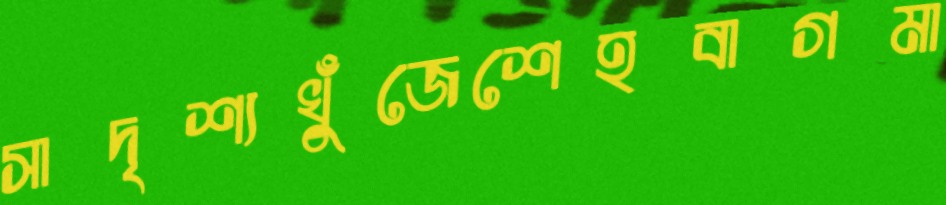
সাদৃশ্যখুঁজেশেহবাগমা